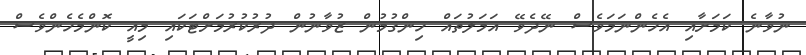
ނުވާނެ ކަމަށާއި އެހެންނަމަވެސް ނޭދެވޭ އަމަލުތައް ހިންގުމުން ޒުވާނުން ދުރުކުރުމަށްޓަކައި މިއީ ކޮންމެހެންވެސް